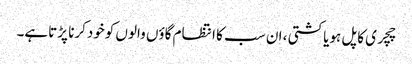
چچری کاپل ہویاکشتی ، ان سب کا انتظام گاؤں والوں کوخودکرنا پڑتاہے۔